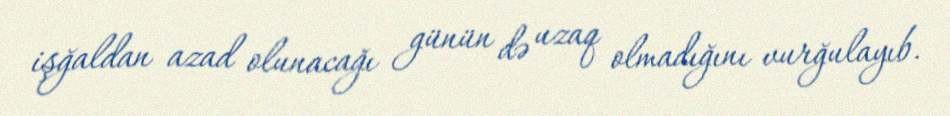
işğaldan azad olunacağı günün də uzaq olmadığını vurğulayıb.